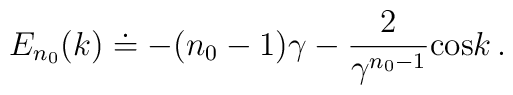
E_{n_0}(k) \doteq -(n_0-1)\gamma - {2 \over \gamma\sp {n_0 -1}}{\rm cos}k\,.